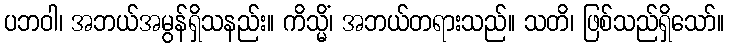
ပဘဝါ၊ အဘယ်အမွန်ရှိသနည်း။ ကိသ္မိံ၊ အဘယ်တရားသည်။ သတိ၊ ဖြစ်သည်ရှိသော်။